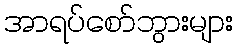
အာရပ်စော်ဘွားများ